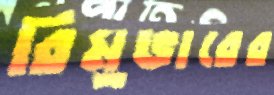
রিমুভারের